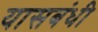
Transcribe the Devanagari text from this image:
यासबंधी